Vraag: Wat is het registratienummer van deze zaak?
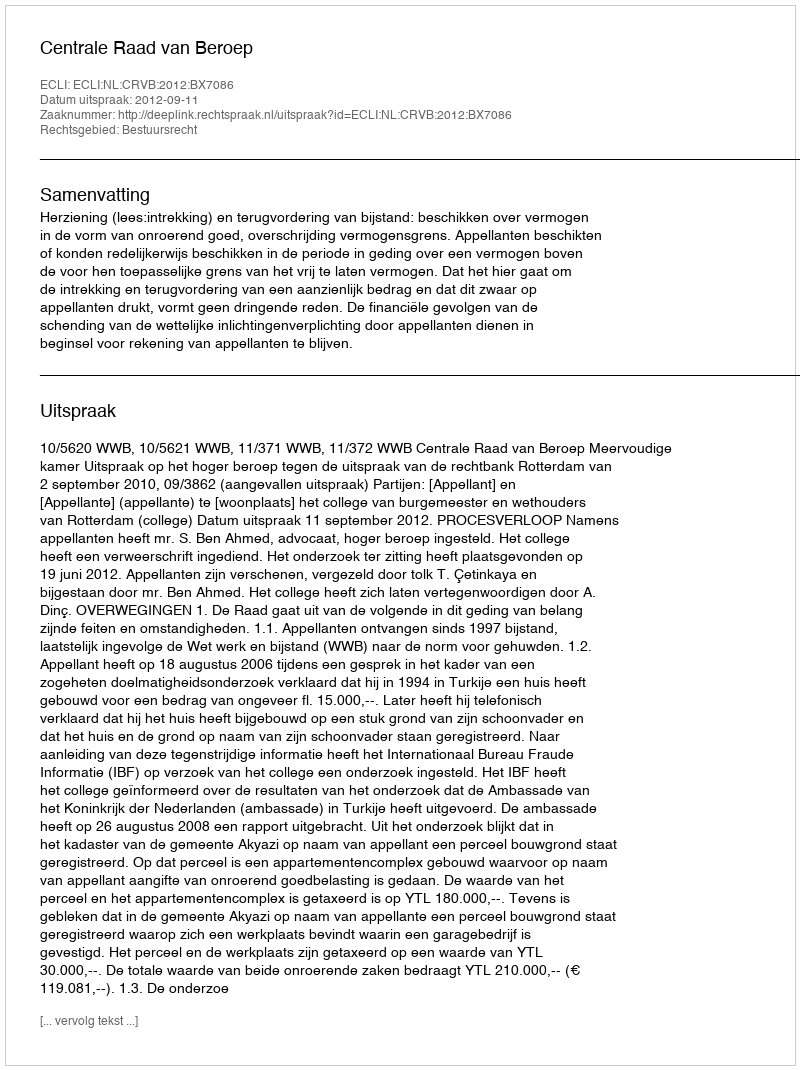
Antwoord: http://deeplink.rechtspraak.nl/uitspraak?id=ECLI:NL:CRVB:2012:BX7086